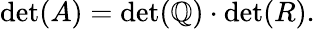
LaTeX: \operatorname*{det}(A)=\operatorname*{det}(\mathbb{Q})\cdot\operatorname*{det}(R).